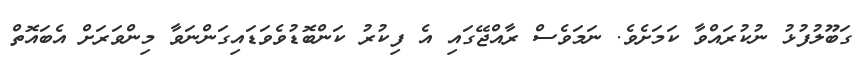
ގަބޫލުފުޅު ނުކުރައްވާ ކަމަށެވެ. ނަމަވެސް ރާއްޖޭގައި އެ ފިކުރު ކަންބޮޑުވެވަޑައިގަންނަވާ މިންވަރަށް އެބައޮތް